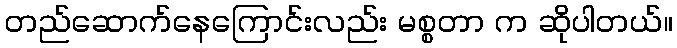
တည်ဆောက်နေကြောင်းလည်း မစ္စတာ က ဆိုပါတယ်။